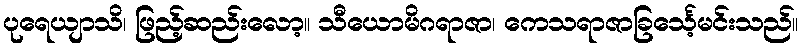
ပုရေယျာသိ၊ ဖြည့်ဆည်းလော့။ သီယောမိဂရာဇာ၊ ကေသရာဇာခြင်္သေ့မင်းသည်။